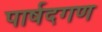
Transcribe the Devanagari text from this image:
पार्षदगण